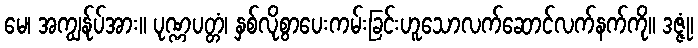
မေ၊ အကျွန်ုပ်အား။ ပုဏ္ဏပတ္တံ၊ နှစ်လိုစွာပေးကမ်းခြင်းဟူသောလက်ဆောင်လက်နက်ကို။ ဒဇ္ဇုံ၊